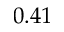
0 . 4 1